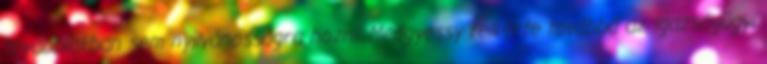
továbbiakban sem nyilvánosságra hozni. Medgyessy felkérte továbbá az igazságügyi